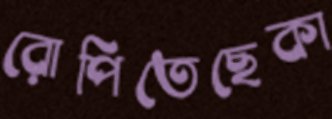
রোপিতেছেকা